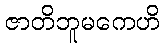
ဇာတိဘူမကေဟိ